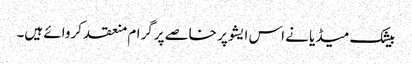
بیشک میڈیا نے اس ایشو پر خاصے پرگرام منعقد کروائے ہیں۔